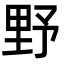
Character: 野